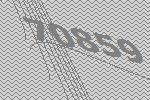
70859